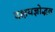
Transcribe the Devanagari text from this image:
दक्षयज्ञोद्भव